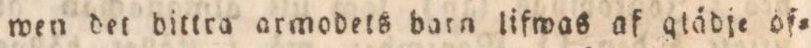
wen det bittra armodets barn lifwas af glädje of=